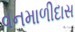
વનમાળીદાસ